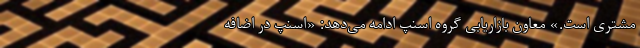
مشتری است.» معاون بازاریابی گروه اسنپ ادامه می‌دهد: «اسنپ در اضافه